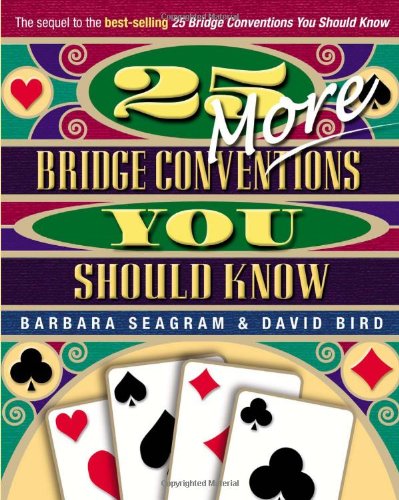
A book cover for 25 More Bridge Conventions You Should Know; Barbara Seagram; Humor & Entertainment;